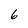
Character: 6